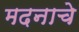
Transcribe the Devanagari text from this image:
मदनाचे